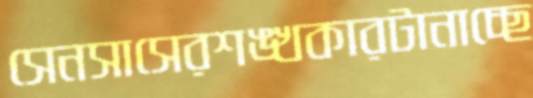
সেনসাসেরশঙ্খকারটানাচ্ছে